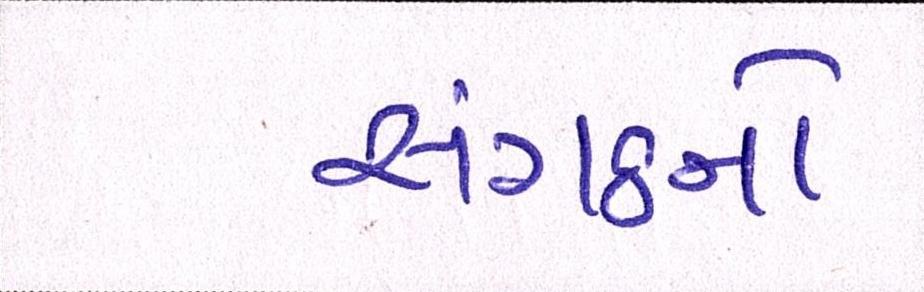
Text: સંગઠનો